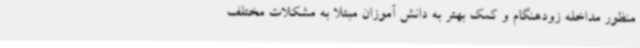
منظور مداخله زودهنگام و کمک بهتر به دانش آموزان مبتلا به مشکلات مختلف